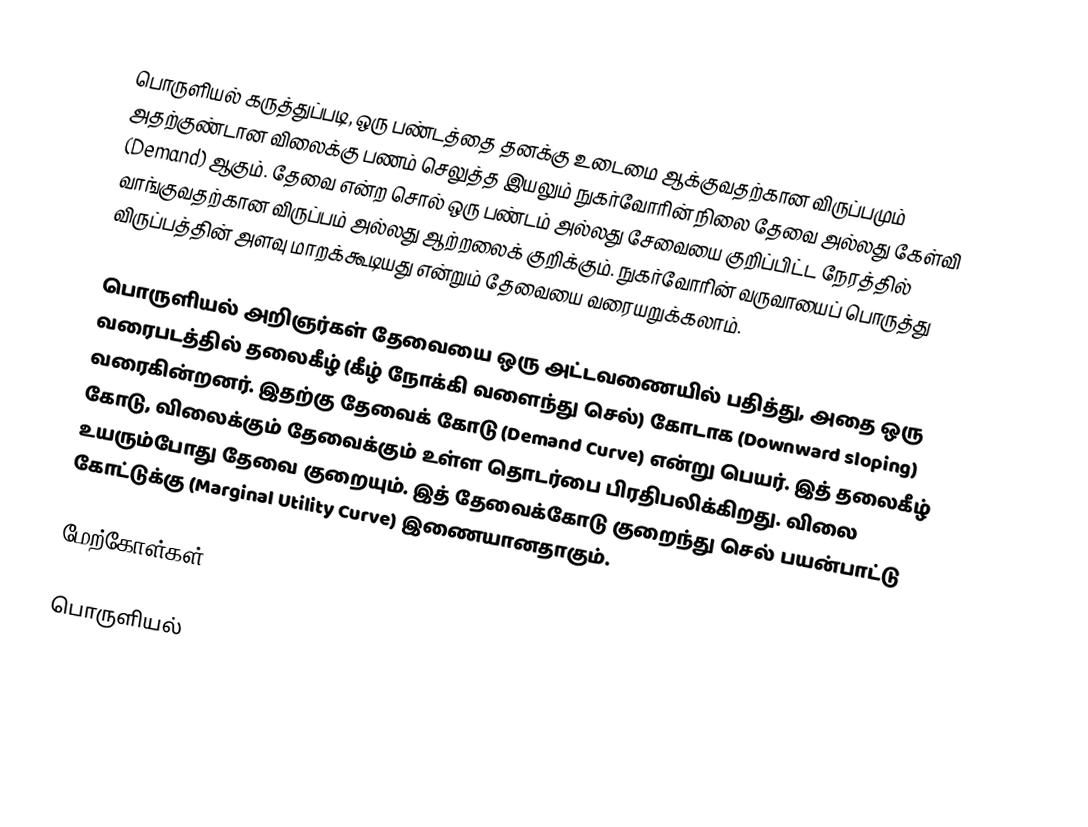
பொருளியல் கருத்துப்படி, ஒரு பண்டத்தை தனக்கு உடைமை ஆக்குவதற்கான விருப்பமும் அதற்குண்டான விலைக்கு பணம் செலுத்த இயலும் நுகர்வோரின் நிலை தேவை அல்லது கேள்வி (Demand) ஆகும். தேவை என்ற சொல் ஒரு பண்டம் அல்லது சேவையை குறிப்பிட்ட நேரத்தில் வாங்குவதற்கான விருப்பம் அல்லது ஆற்றலைக் குறிக்கும். நுகர்வோரின் வருவாயைப் பொருத்து விருப்பத்தின் அளவு மாறக்கூடியது என்றும் தேவையை வரையறுக்கலாம்.

பொருளியல் அறிஞர்கள் தேவையை ஒரு அட்டவணையில் பதித்து, அதை ஒரு வரைபடத்தில் தலைகீழ் (கீழ் நோக்கி வளைந்து செல்) கோடாக (Downward sloping) வரைகின்றனர். இதற்கு தேவைக் கோடு (Demand Curve) என்று பெயர். இத் தலைகீழ் கோடு, விலைக்கும் தேவைக்கும் உள்ள தொடர்பை பிரதிபலிக்கிறது. விலை உயரும்போது தேவை குறையும். இத் தேவைக்கோடு குறைந்து செல் பயன்பாட்டு கோட்டுக்கு (Marginal Utility Curve) இணையானதாகும்.

மேற்கோள்கள்

பொருளியல்